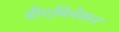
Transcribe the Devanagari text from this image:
डीएमिनेशन